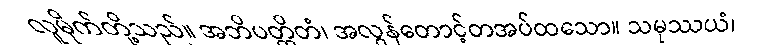
လူမိုက်တို့သည်။ အဘိပတ္ထိတံ၊ အလွန်တောင့်တအပ်ထသော။ သမုဿယံ၊